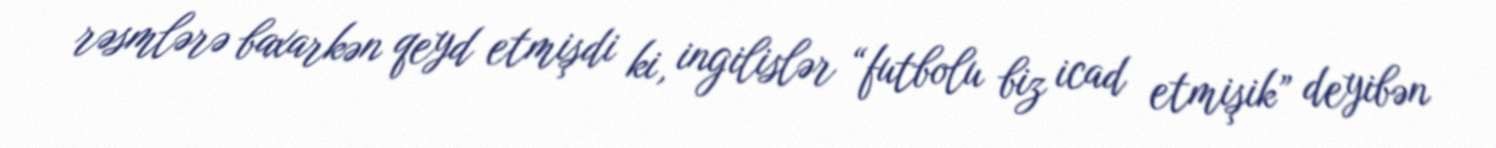
rəsmlərə baxarkən qeyd etmişdi ki, ingilislər “futbolu biz icad etmişik” deyibən